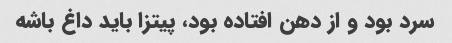
سرد بود و از دهن افتاده بود، پیتزا باید داغ باشه